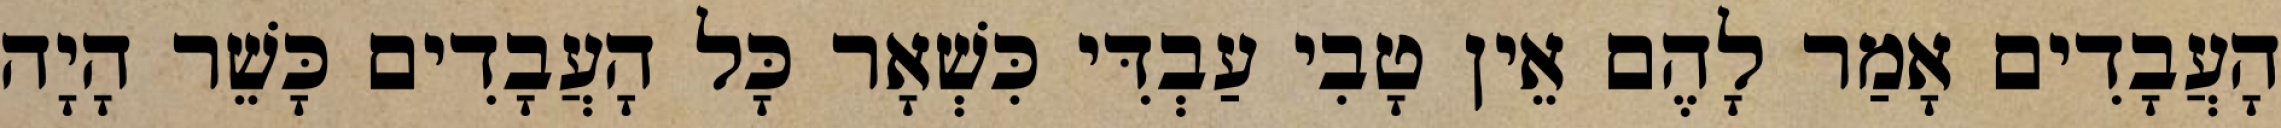
הָעֲבָדִים אָמַר לָהֶם אֵין טָבִי עַבְדִּי כִּשְׁאָר כָּל הָעֲבָדִים כָּשֵׁר הָיָה